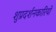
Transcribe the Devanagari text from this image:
शुप्रदर्शनकारियों